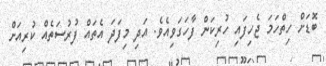
ބޮޑަށް ހިތްހަމަ ޖެހިފައި ހުރިކަން ފާހަގަވިއެވެ. އަދި މިފަދަ އެތައް ފުރުސަތެއް ކުރިއަށް